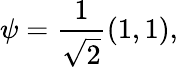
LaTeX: \psi={\frac{1}{\sqrt{2}}}(1,1),